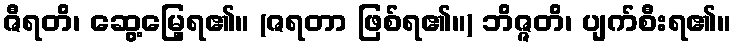
ဇီရတိ၊ ဆွေ့မြေ့ရ၏။ (ဇရတာ ဖြစ်ရ၏။) ဘိဇ္ဇတိ၊ ပျက်စီးရ၏။